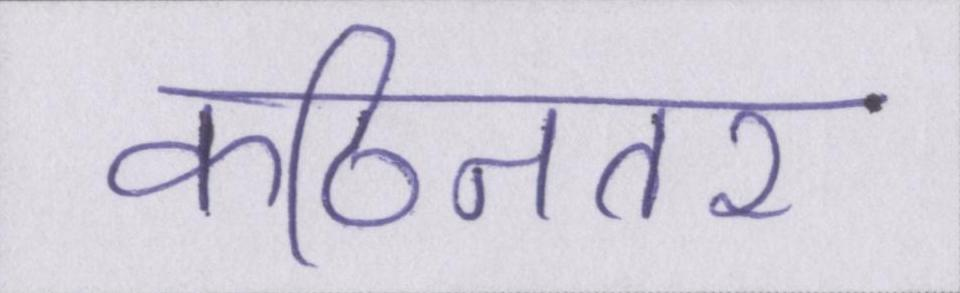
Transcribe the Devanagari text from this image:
कठिनतर